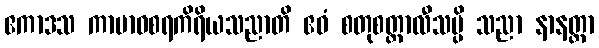
ဧကာဒသ ကာမာဝစရကိရိယသညာတိ ဧဝံ စတုစတ္တာလီသမ္ပိ သညာ နာနတ္တာ